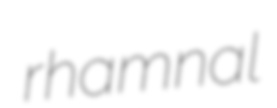
rhamnal